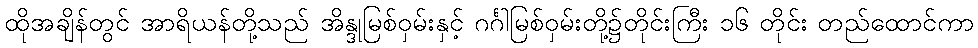
ထိုအချိန်တွင် အာရိယန်တို့သည် အိန္ဒုမြစ်ဝှမ်းနှင့် ဂင်္ဂါမြစ်ဝှမ်းတို့၌တိုင်းကြီး ၁၆ တိုင်း တည်ထောင်ကာ